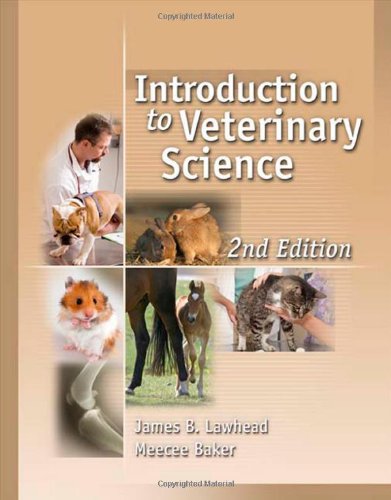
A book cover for Introduction to Veterinary Science; James Lawhead; Science & Math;